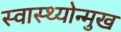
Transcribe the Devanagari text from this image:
स्वास्थ्योन्मुख